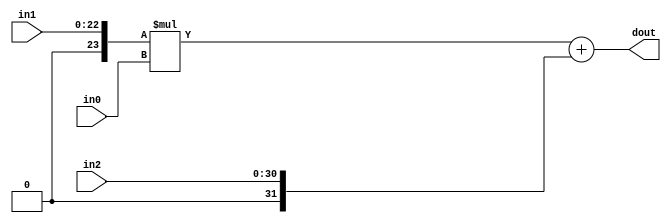
module hls_contrast_streeOg_DSP48_3(
    input  [9 - 1:0] in0,
    input  [23 - 1:0] in1,
    input  [31 - 1:0] in2,
    output [32 - 1:0]  dout);

wire signed [25 - 1:0]     a;
wire signed [18 - 1:0]     b;
wire signed [48 - 1:0]     c;
wire signed [43 - 1:0]     m;
wire signed [48 - 1:0]     p;

assign a  = $unsigned(in1);
assign b  = $signed(in0);
assign c  = $unsigned(in2);

assign m  = a * b;
assign p  = m + c;

assign dout = p;

endmodule